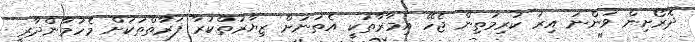
ދޮރޯށިން ވަންނަ އިރު ކުރިމަތިން ޖެހޭ އިމާރާތަކީ އެތަނަށް ޒިޔާރަތްކުރާ ފަރާތްތަކަށް މެހުމާންދާރީ